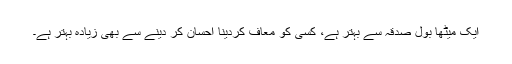
ایک میٹھا بول صدقہ سے بہتر ہے، کسی کو معاف کردینا احسان کر دینے سے بھی زیادہ بہتر ہے۔